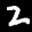
Label: 2